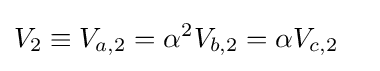
{\begin{aligned}V_{2}&\equiv V_{a,2}=\alpha ^{2}V_{b,2}=\alpha V_{c,2}\end{aligned}}